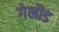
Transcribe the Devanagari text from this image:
गेलौड